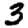
Digit: 3